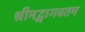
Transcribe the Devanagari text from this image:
श्रीमद्भागवतम